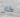
كان